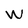
Character: W